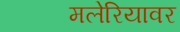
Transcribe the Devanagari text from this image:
मलेरियावर